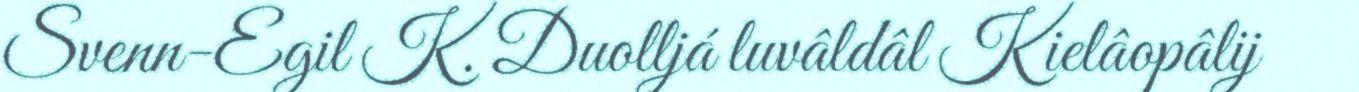
Svenn-Egil K. Duolljá luvâldâl Kielâopâlij